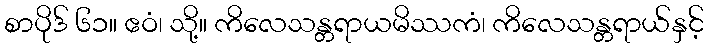
စာပိုဒ် ၆၁။ ဧဝံ၊ သို့။ ကိလေသန္တရာယမိဿကံ၊ ကိလေသန္တရာယ်နှင့်